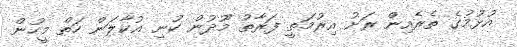
އުޅުމުގެ ތެރެއިން ރަށު އިރުމަތީ ފަރާތު މޫދުން ކުނި އުކާލަން ހަތް މީހުން